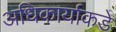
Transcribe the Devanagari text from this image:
अधिकार्याकडे